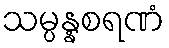
သမ္ပန္နစရဏံ